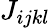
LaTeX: J_{ijkl}